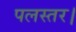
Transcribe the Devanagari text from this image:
पलस्तर।